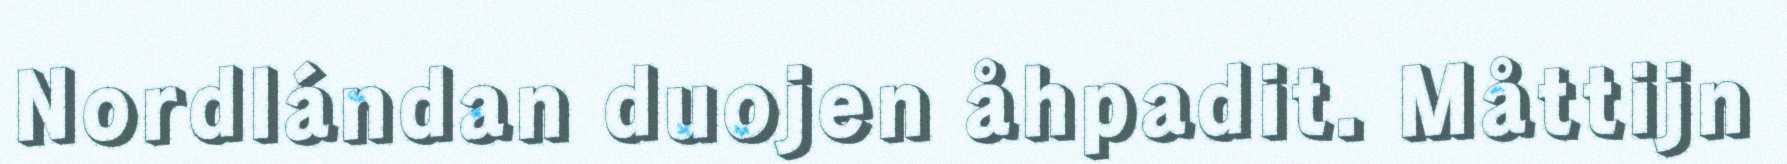
Nordlándan duojen åhpadit. Måttijn